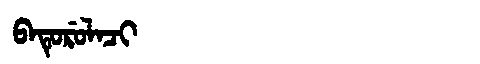
Manchu: ᠪᠠᡨᡠᡵᡠᠯᠠᠴᡳ
Romanization: BATURULACI